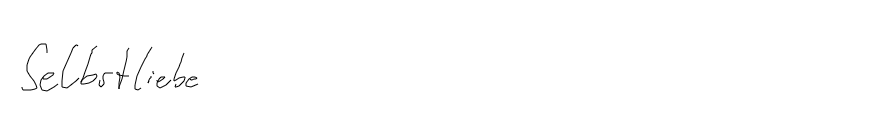
Selbstliebe